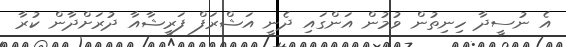
އެ ނުސީދާ ހިނިތުން ވުމުން އަންގައި ދެނީ އަޝްރަފް ފަރީޝާއާ ދުރަށްދާން ކުރާ